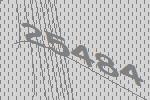
25484